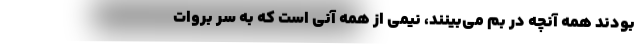
بودند همه آنچه در بم مي‌بينند، نيمي از همه آني است كه به سر بروات